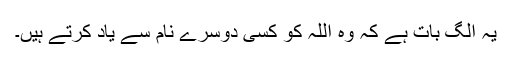
یہ الگ بات ہے کہ وہ اللہ کو کسی دوسرے نام سے یاد کرتے ہیں۔